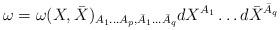
LaTeX: \begin{align*}\omega=\omega(X,\bar{X})_{A_{1} \ldots A_{p}, \bar{A}_{1} \ldots \bar{A}_q}dX^{A_1} \ldots d\bar{X}^{\bar{A}_{q}}\end{align*}